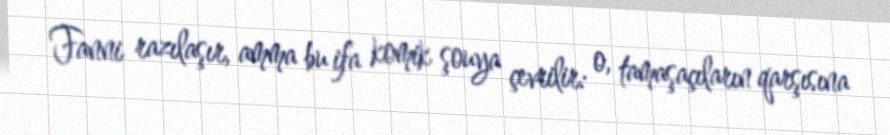
Fanni razılaşır, amma bu ifa komik şouya çevrilir: o, tamaşaçıların qarşısına